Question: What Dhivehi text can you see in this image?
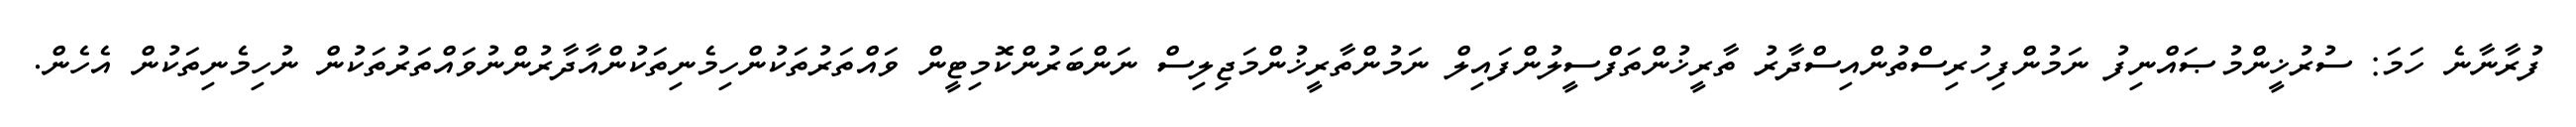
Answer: ފުރާނާނެ ހަމަ: ސުރުޚީންމުޞައްނިފު ނަމުންފިހުރިސްތުންއިސްދާރު ތާރީޚުންތަފްސީލުންފައިލް ނަމުންތާރީޚުންމަޖިލިސް ނަންބަރުންކޮމިޓީން ވައްތަރުތަކުންހިމެނިތަކުންއާދާރުންނުވައްތަރުތަކުން ނުހިމެނިތަކުން އެހެން.